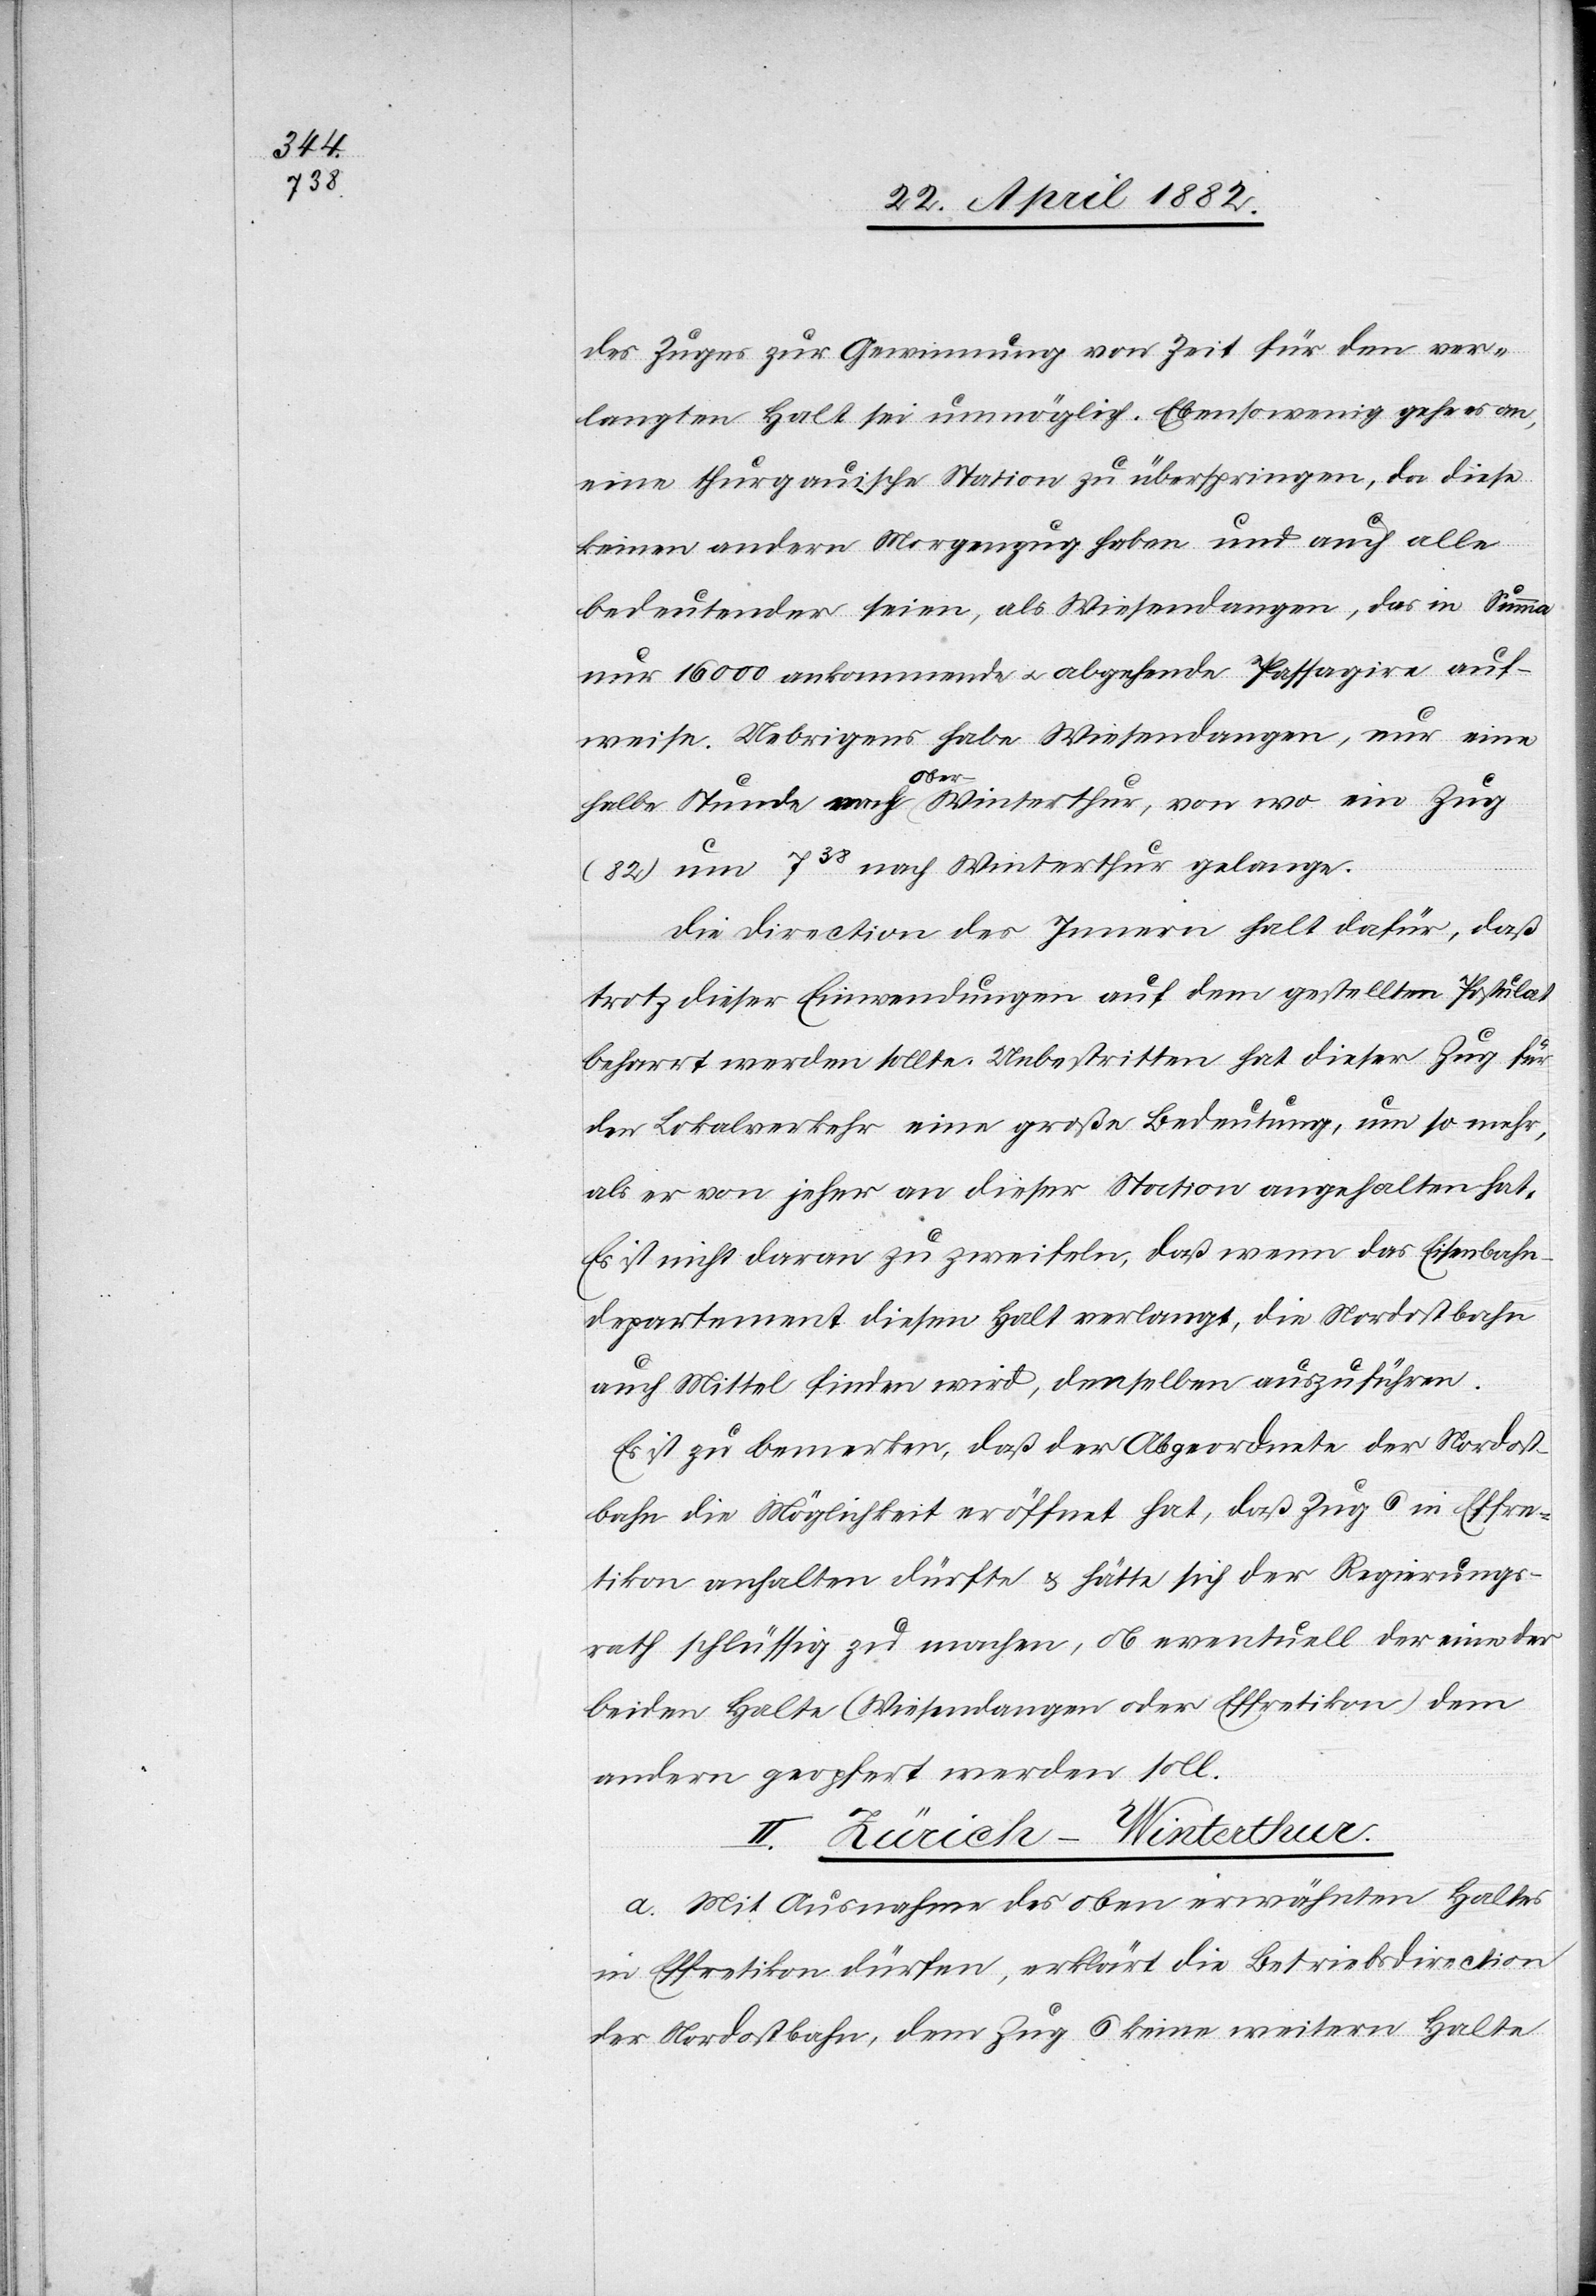
des Zuges zur Gewinnung von Zeit für den ver¬
langten Halt sei unmöglich. Ebensowenig gehe es an,
eine thurgauische Station zu überspringen, da diese
keinen andern Morgenzug haben und auch alle
bedeutender seien, als Wiesendangen, das in Summa
nur 16 000 ankommende u. abgehende Passagiere auf¬
weise. Uebrigens habe Wiesendangen, nur eine
halbe Stunde nach Ober-Winterthur, von wo ein Zug
(82) um 738 nach Winterthur gelange.
Die Direction des Innern hält dafür, daß
trotz dieser Einwendungen auf dem gestellten Postulat
beharrt werden sollte. Unbestritten hat dieser Zug für
den Lokalverkehr eine große Bedeutung, um so mehr,
als er von jeher an dieser Station angehalten hat.
Es ist nicht daran zu zweifeln, daß wenn das Eisenbahn¬
departement diesen Halt verlangt, die Nordostbahn
auch Mittel finden wird, denselben auszuführen.
Es ist zu bemerken, daß der Abgeordnete der Nordost¬
ban die Möglichkeit eröffnet hat, daß Zug 6 in Effre¬
tikon anhalten dürfte & hätte sich der Regierungs¬
rath schlüssig zu machen, ob eventuell der eine der
beiden Halte (Wiesendangen oder Effretikon) dem
andern geopfert werden soll.
II. Zürich–Winterthur.
a. Mit Ausnahme des oben erwähnten Haltes
in Effretikon dürfen, erklärt die Betriebsdirection
der Nordostbahn, dem Zug 6 keine weitern Halte